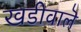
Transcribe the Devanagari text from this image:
खडीवालॆ